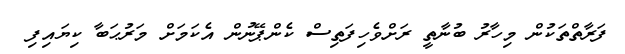
ފަރާތްތަކުން މިހާރު ބުނާތީ ރަށްވެހިފަތިސް ކެންޕޭނުން އެކަމަށް މަރުޙަބާ ކިޔައިފި